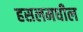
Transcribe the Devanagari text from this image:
हसलमधील